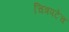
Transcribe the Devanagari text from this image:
चित्रपटेच